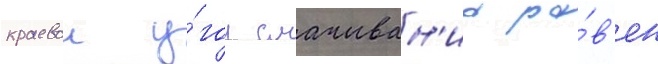
краевои у́гол смачиван'иа ра́в'ен